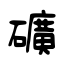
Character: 礦